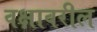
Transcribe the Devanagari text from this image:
वक्षावरील